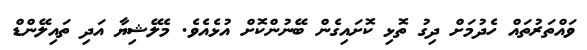
ވައްތަރުތައް ހެދުމަށް ދިގު ތޮޅި ކޮށައިގެން ބޭނުންކޮށް އުޅެއެވެ. މެލޭޝިޔާ އަދި ތައިލޭންޑް